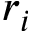
r _ { i }